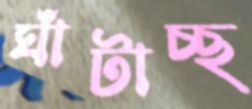
ঘাঁটাচ্ছ